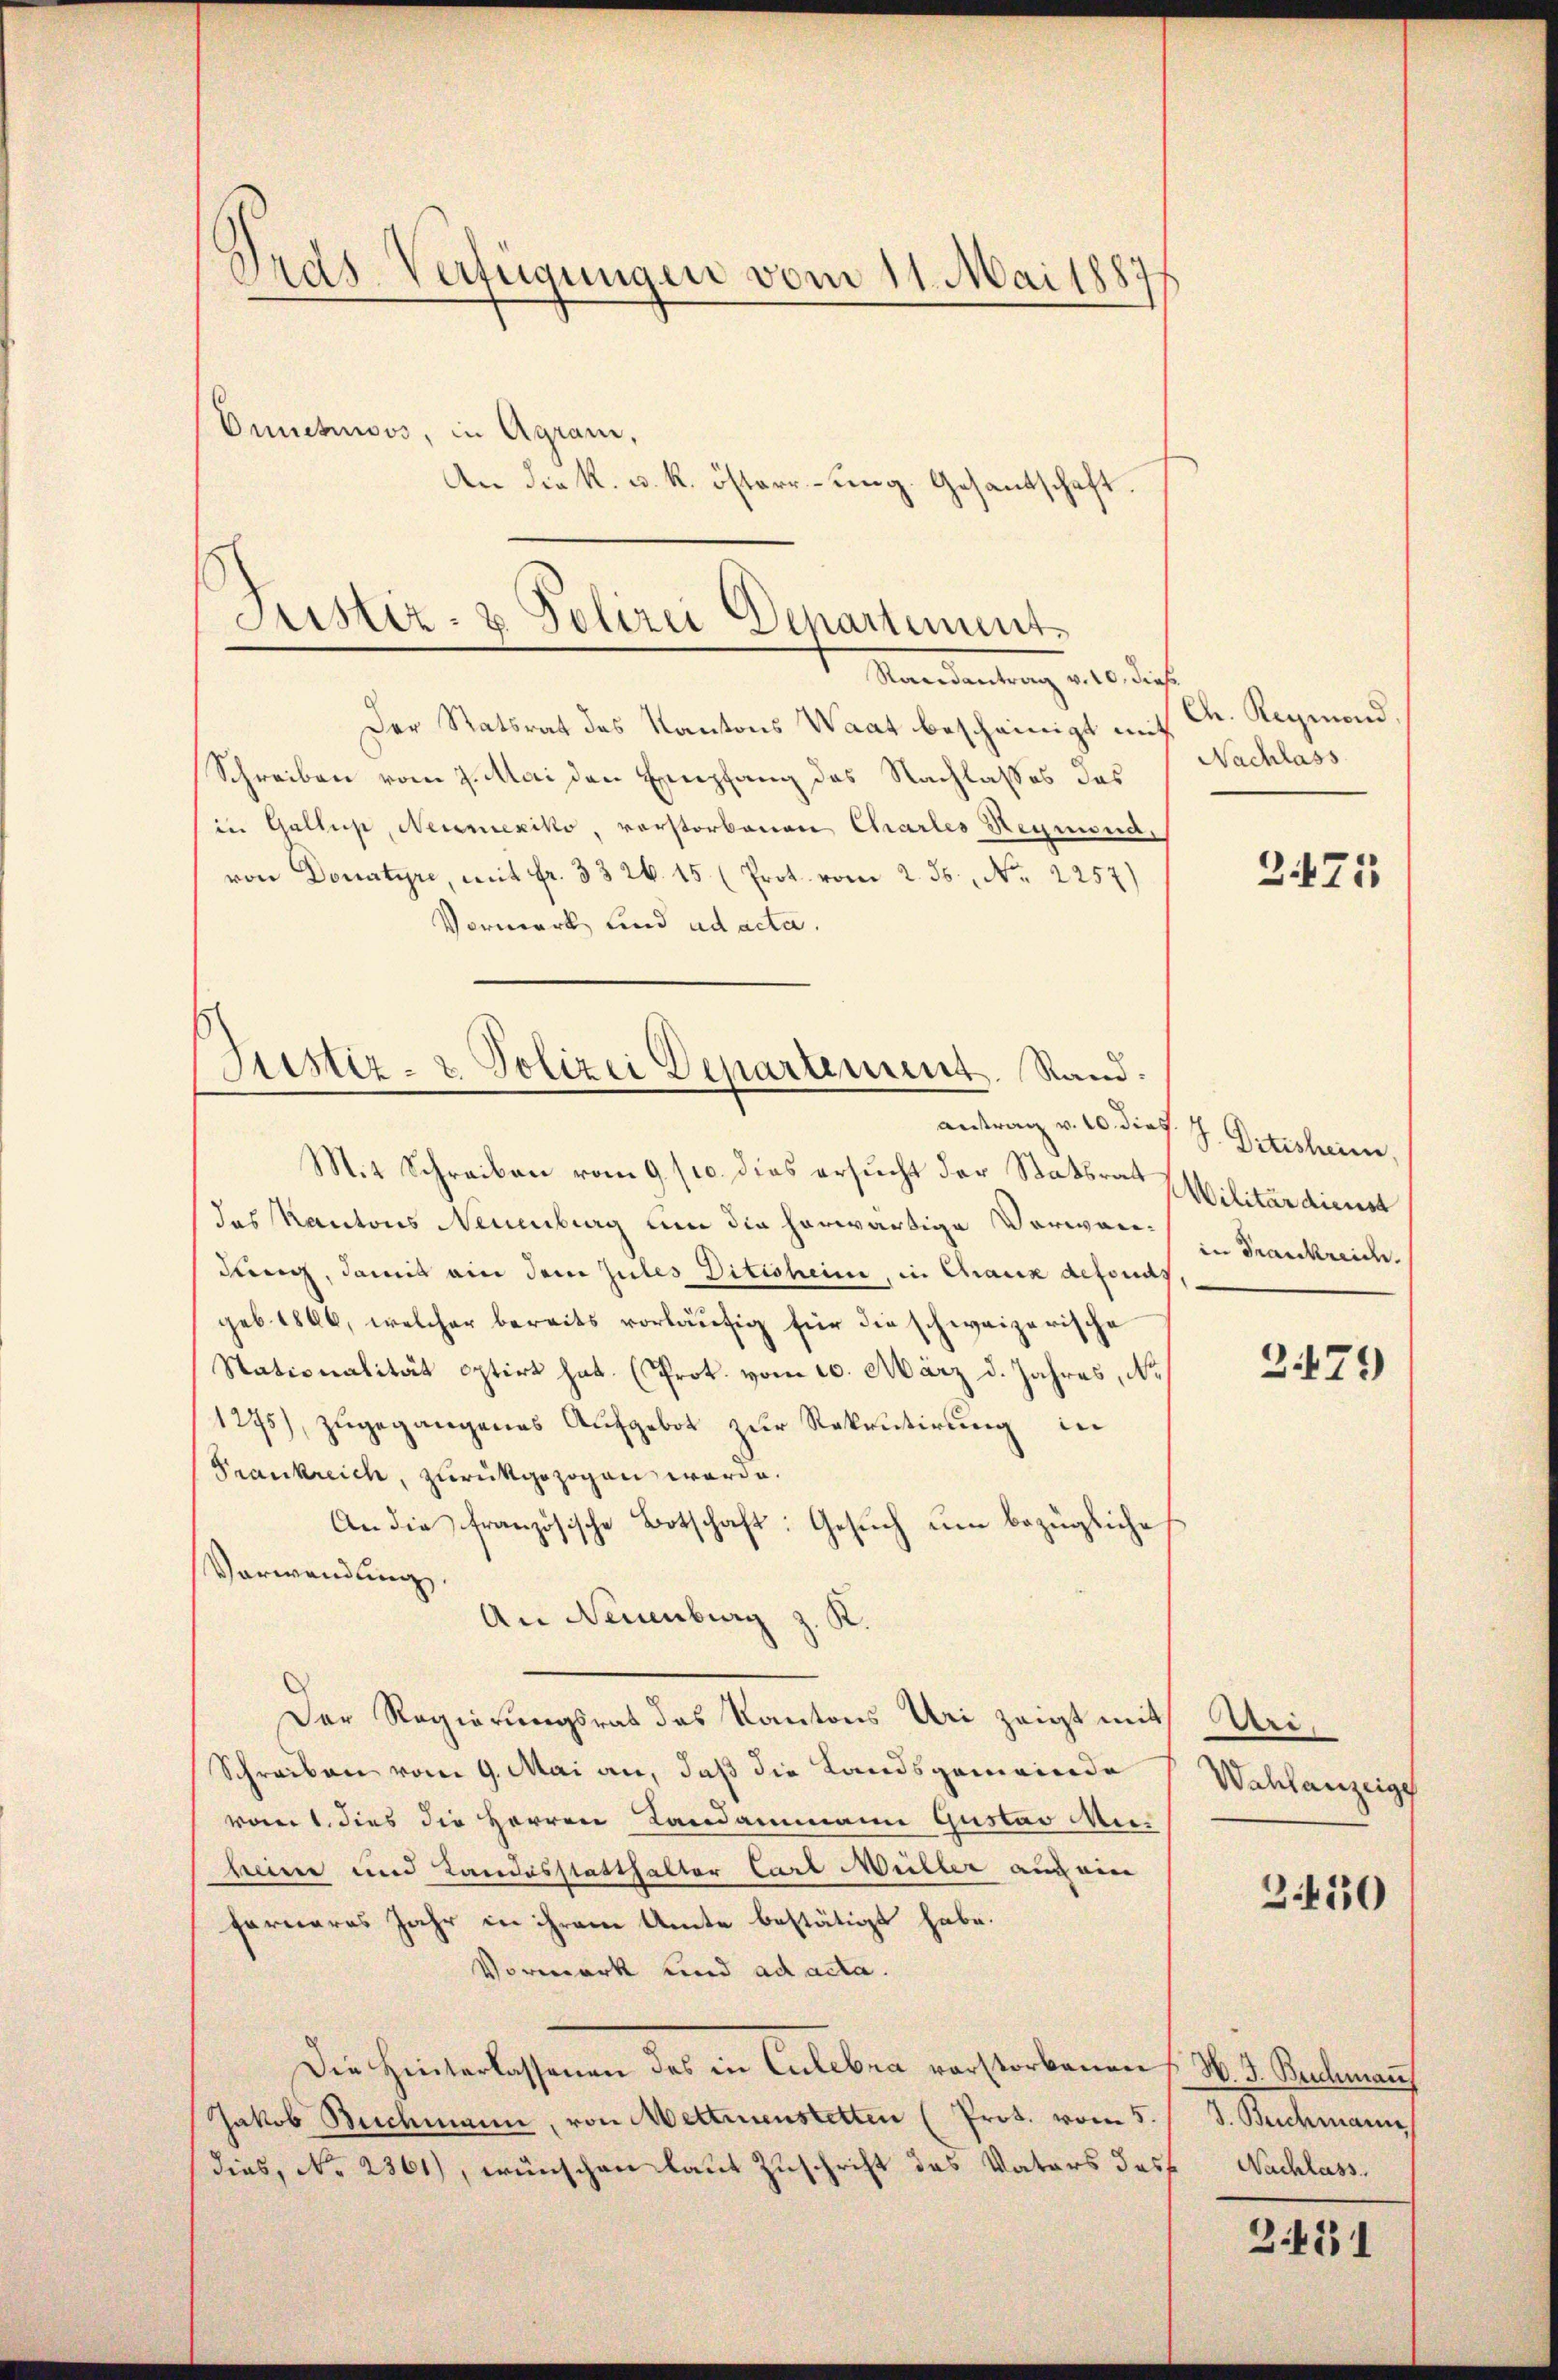
Lids Verfügungen vom 11. Mai 1887/

Justiz- & Polizei Departement.
Maandantung des dies

Onneturos, in Agram,
An die K. u. k. österrung. Gesantschaft

Der Statsrat des Kantons Waat bescheinigt mit K. Reymond
Schreiben vom 7. Mai den Empfang des Nachlasses das
in Gallis, Neumexiko, vorstorbenen Charles Heymond,
von Donatyre, mit fr. 3326. 15 (Prot. vom 2. ds., Nr. 2257)
Vormerk und ad acta.
Justiz- & Polizei Departement. Rand.

antrag v. 10. dies.

Mit Schreiben vom 9/10. dies ersucht der Statsrat Militärdienst
das Kantons Neuenburg um die herwärtige Verwardung, damit ain dem Zules Ditisheim, in Chaux defonds
geb. 1866, welcher bereits vorläŭfig für die schweizerische
Stationalität optirt hat. (Prot. vom 10. März d. Jahres, No
1275), zugegangenes Aufgebot zur Rekrutirung in
Frankreich, zurückgezogen werde.
An die französische Botschaft: Gesuch um bezügliche
Verwendung.
An Neuenburg z. K
Der Regierungsrat das Kantons Uri zeigt mit
Schreiben vom 9. Mai an, daß die Landsgemeinde
vom 1. dies die Herren Landammann Gustav Mi
heine und Landesstatthalter Carl Müller auch nere
ferneres Jahr in ihrem Amte bestätigt habe.
Vormerk und ad acta.
Die Hinterlassenen des in Culebra vorstorbenen H. J. Buchman
Jakob Buchmann, von Mettmenstetten (Prot. vom 5.
dies, No 2361), wünschen laut Zuschrift des Vaters das Nachlass.

Nachlass

2471

J. Ditisheim
in Frankreic

3479

Dri.
Wahlanzeige

3.450

J. Buchmann

Z.431